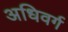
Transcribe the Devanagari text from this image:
अधिवर्ग